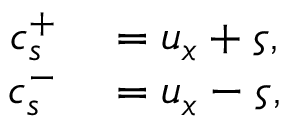
\begin{array} { r l } { c _ { s } ^ { + } } & { { } = u _ { x } + \varsigma , } \\ { c _ { s } ^ { - } } & { { } = u _ { x } - \varsigma , } \end{array}